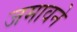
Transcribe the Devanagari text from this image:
जमावने